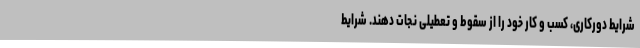
شرایط دورکاری، کسب و کار خود را از سقوط و تعطیلی نجات دهند. شرایط